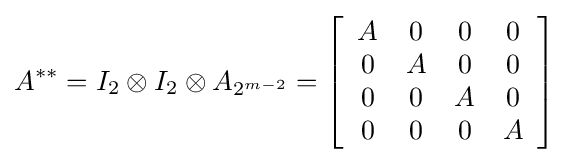
A^{**}=I_{2}\otimes I_{2}\otimes A_{2^{m-2}}=\left[{\begin{array}{cccc}A&0&0&0\\0&A&0&0\\0&0&A&0\\0&0&0&A\end{array}}\right]